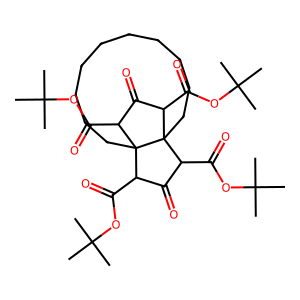
SMILES: CC(C)(C)OC(=O)C1C(=O)C(C(=O)OC(C)(C)C)C23CCCCCCCCCCC12C(C(=O)OC(C)(C)C)C(=O)C3C(=O)OC(C)(C)C
Inhibits HIV replication: No